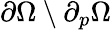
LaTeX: \partial\Omega\setminus{\partial_{p}\Omega}